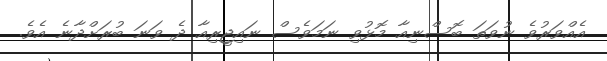
އެއްވަރުވެ ނުވަތަ ބޮސްނިއާ މޮޅުވި ނަމަވެސް ނައިޖީރިއާ ދެ ވަނަ ބުރަށްދާނެ އެވެ.